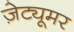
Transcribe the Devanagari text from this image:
ज़ेट्यूमर